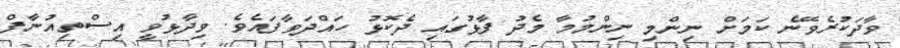
ވާދަކުރެވޭނެ ކަމަށް ނިންމި ނިންމުމާ މެދު ފާޅުގައި ދެކޮޅު ހައްދަވާފައެވެ. ވިދާޅުވީ އިސްތިއުނާފް